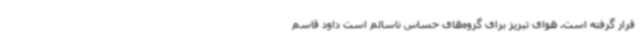
قرار گرفته است. هوای تبریز برای گروه‌های حساس ناسالم است داود قاسم